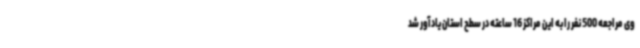
وی مراجعه 500 نفر را به این مراکز 16 ساعته در سطح استان یادآور شد